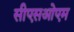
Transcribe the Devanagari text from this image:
सीएसओएम